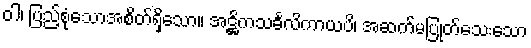
ဝါ၊ ပြည့်စုံသောအစိတ်ရှိသော။ အဋ္ဌိကသင်္ခလိကာယပိ၊ အဆက်မပြုတ်သေးသော